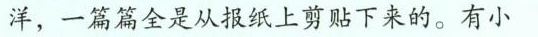
洋，一篇篇全是从报纸上剪贴下来的。有小